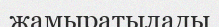
жамыратылады